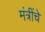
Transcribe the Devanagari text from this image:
मंत्रींचे